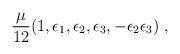
LaTeX: \begin{align*}{\mu \over 12} (1, \epsilon_1, \epsilon_2, \epsilon_3, - \epsilon_2 \epsilon_3) \; ,\end{align*}